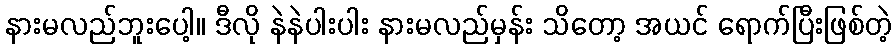
နားမလည်ဘူးပေါ့။ ဒီလို နဲနဲပါးပါး နားမလည်မှန်း သိတော့ အယင် ရောက်ပြီးဖြစ်တဲ့